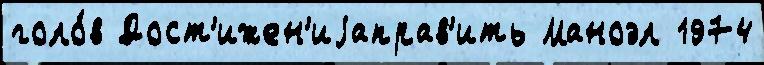
голо́в Дост'ижен'иjаправ'ить Маноэл 1974